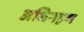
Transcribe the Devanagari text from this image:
अधिगहण